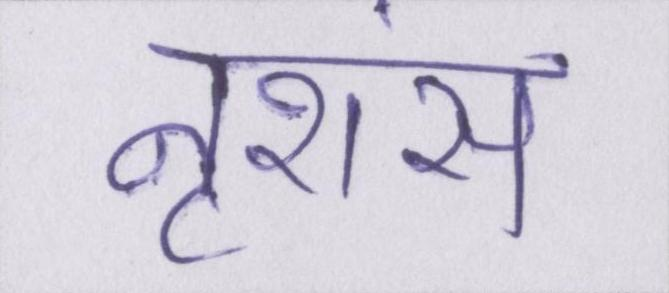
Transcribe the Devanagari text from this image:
नृशंस